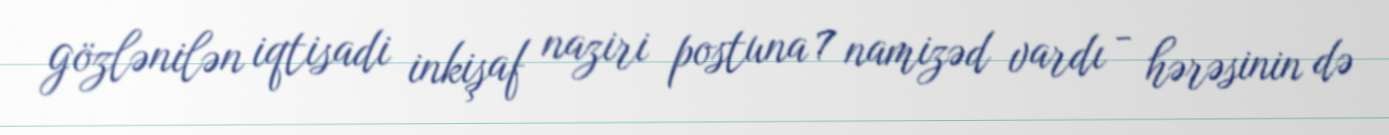
gözlənilən iqtisadi inkişaf naziri postuna 7 namizəd vardı - hərəsinin də